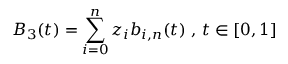
B _ { 3 } ( t ) = \sum _ { i = 0 } ^ { n } z _ { i } b _ { i , n } ( t ) { \mathrm { ~ , ~ } } t \in [ 0 , 1 ]